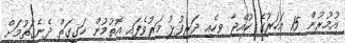
އުމުރުން 15 އަހަރުގެ ކުއްޖާ ވިހެއި ދަރިފުޅު މަރުވެފައި އޮތުމުން ހަގީގަތް ދެނެގަތުމަށް